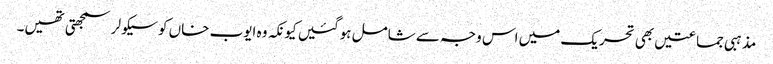
مذہبی جماعتیں بھی تحریک میں اس وجہ سے شامل ہوگئیں کیونکہ وہ ایوب خاں کو سیکولر سمجھتی تھیں۔